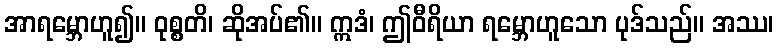
အာရမ္ဘောဟူ၍။ ဝုစ္စတိ၊ ဆိုအပ်၏။ ဣဒံ၊ ဤဝီရိယာ ရမ္ဘောဟူသော ပုဒ်သည်။ အဿ၊